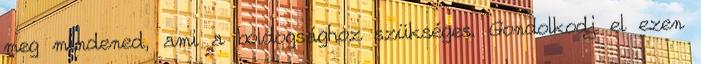
meg mindened, ami a boldogsághoz szükséges. Gondolkodj el ezen